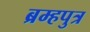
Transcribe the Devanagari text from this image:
ब्रम्हपुत्र